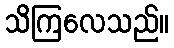
သိကြလေသည်။